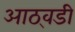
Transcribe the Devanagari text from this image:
आठ्वडी